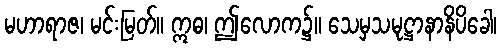
မဟာရာဇ၊ မင်းမြတ်။ ဣဓ၊ ဤလောက၌။ သေမှသမုဋ္ဌာနာနိပိခေါ၊